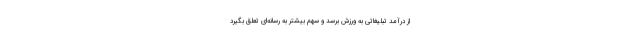
از درآمد تبلیغاتی به ورزش برسد و سهم بیشتر به رسانه‌ای تعلق بگیرد